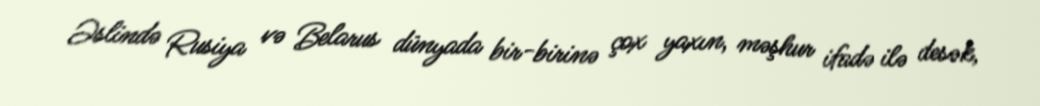
Əslində Rusiya və Belarus dünyada bir-birinə çox yaxın, məşhur ifadə ilə desək,